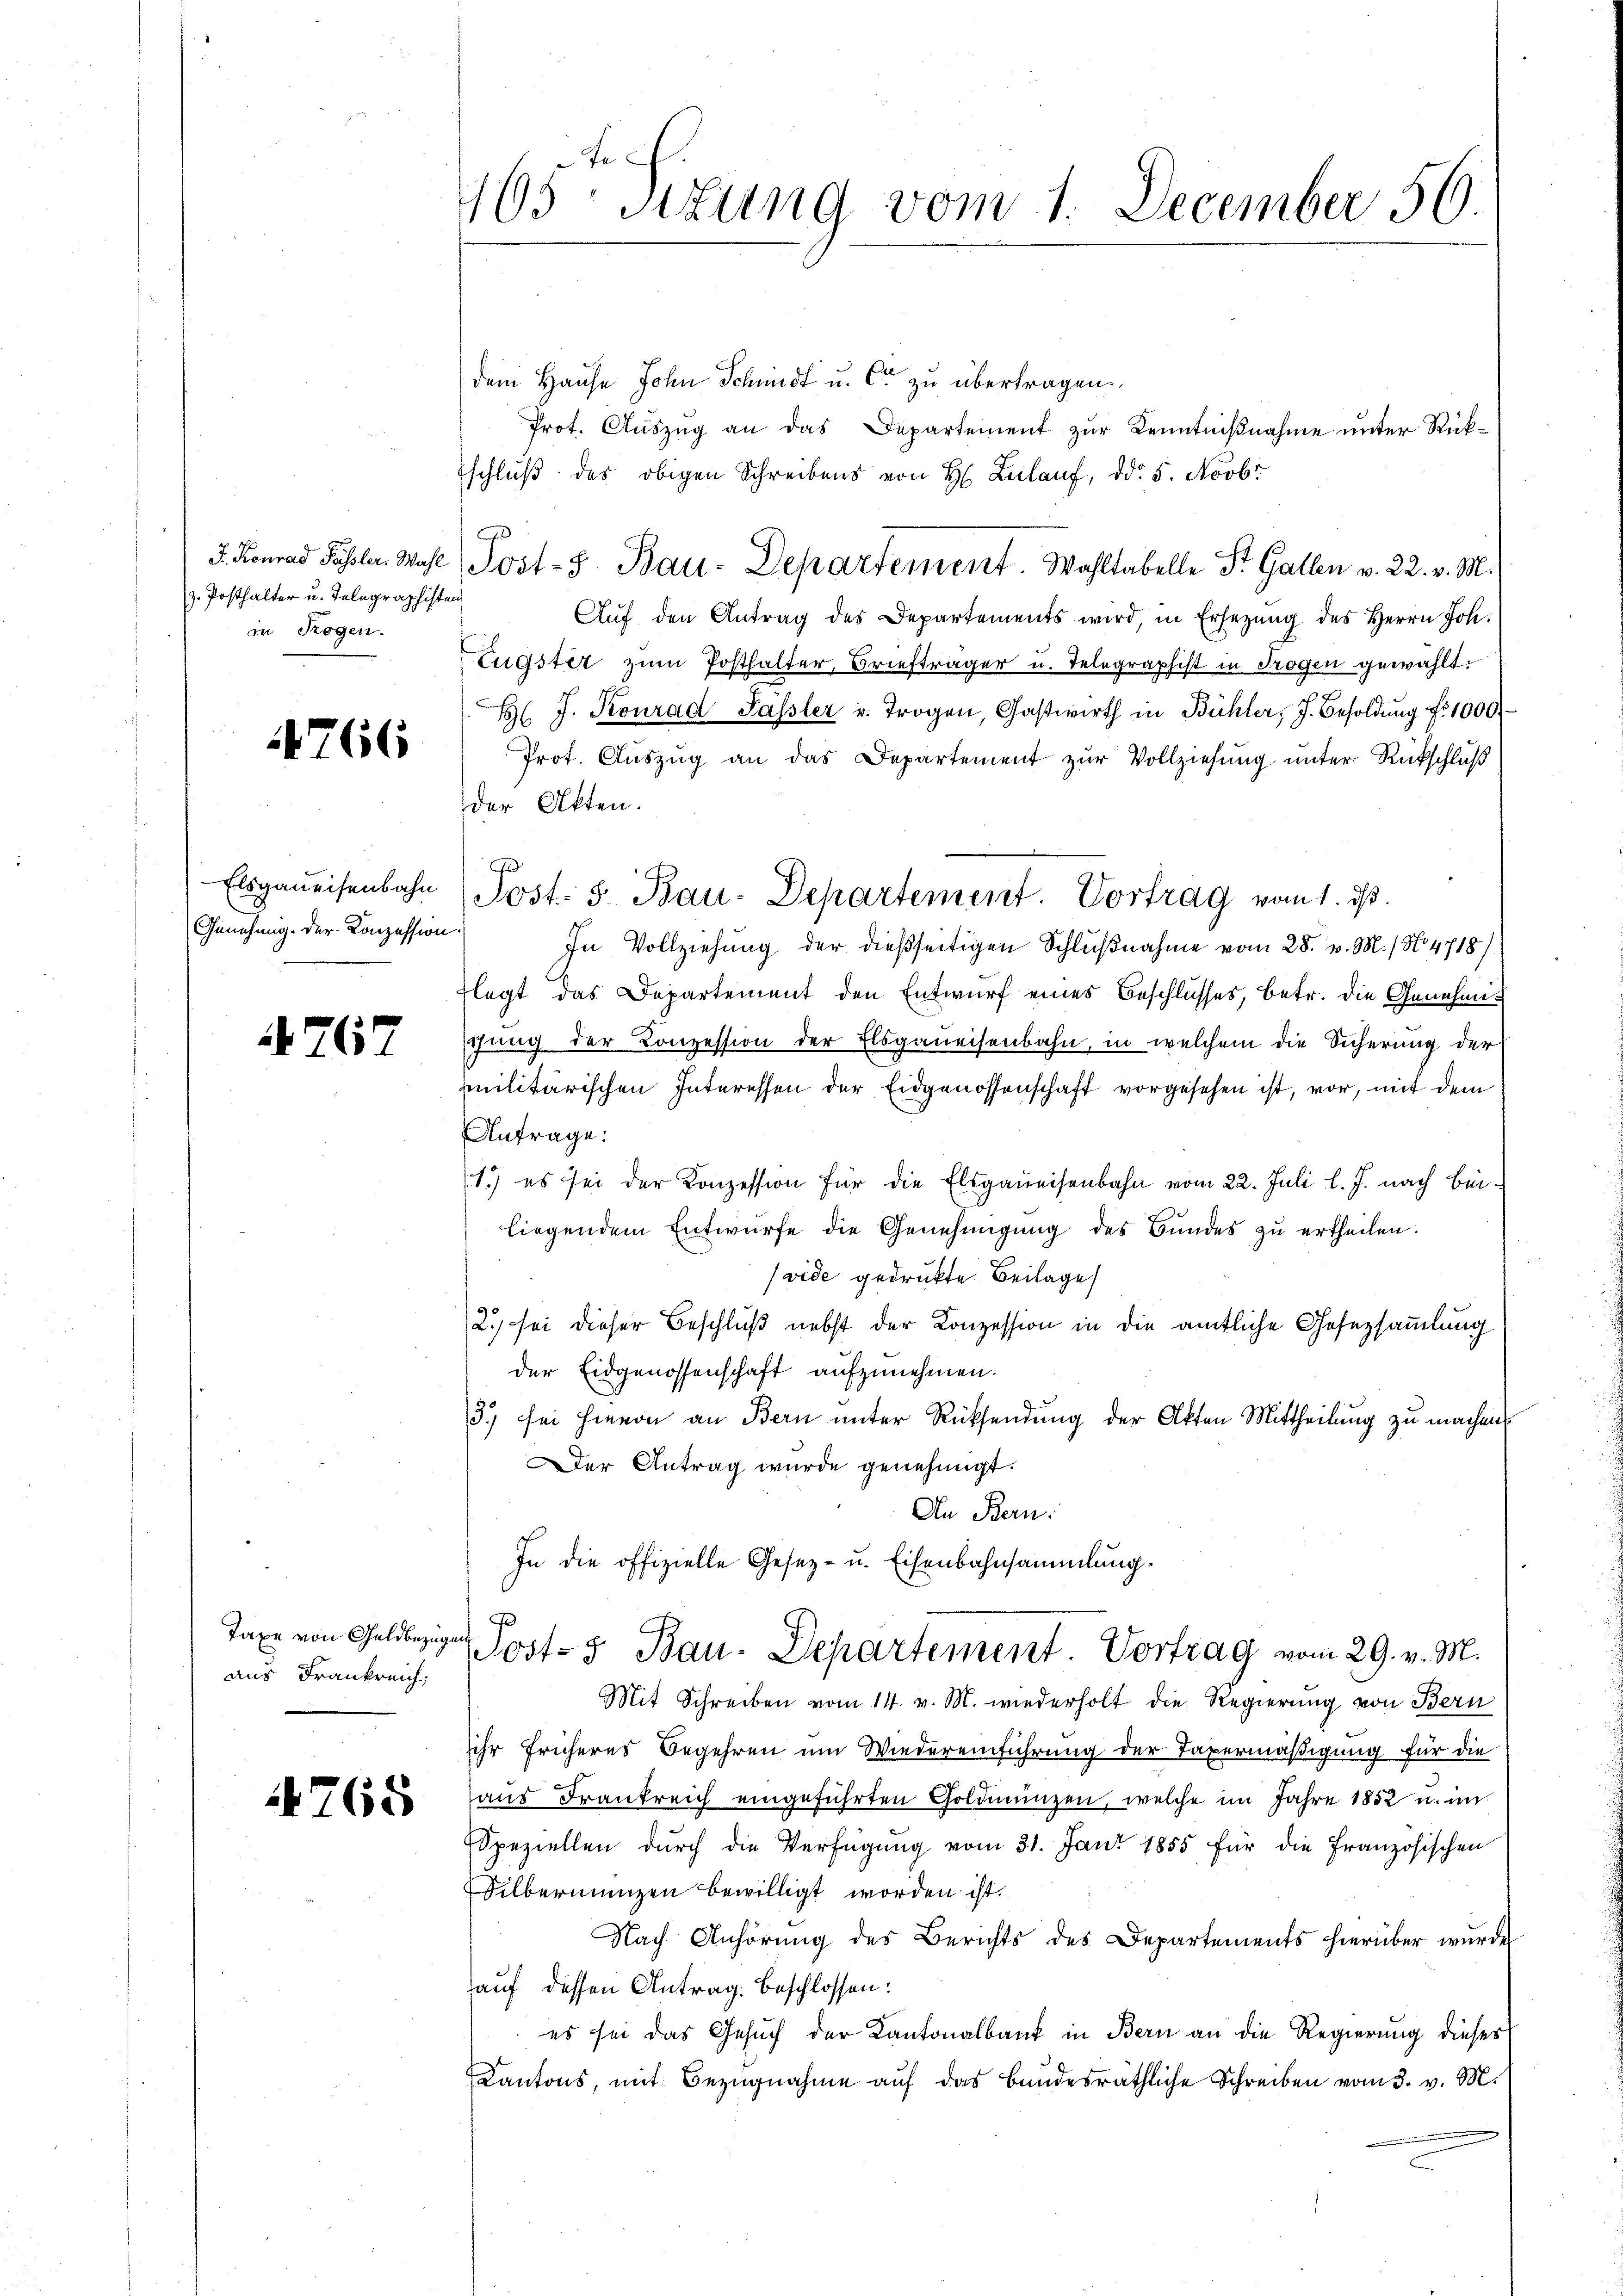
J. Konrad Pässler. Wahl
z. Posthalter u. Telegraphisten
in Rogen.

4766

Elsganeisenbahn
Genehmig. Der Konzession.

A762

Taxe von Geldbezüge
aus Frankreich,

768

165 sizung vom 1. December 56

f

dem Hause John Schmidt u. C. zu übertragen.
Prot. Auszug an das Departement zur Kenntnißnahme unter Rükschluß des obigen Schreibens von H. Zulauf, dd. 5. Novbr
Post- 5. Bau-Departement. Wahltabelle St. Gallen v. 22. v. M.
Aŭf den Antrag des Departements wird, in Ersezung des Herrn Joh.
Eugster zum Posthalter Briefträger u. Telegraphist in Trogen gewählt.
H J. Konrad Pässler u. Trogen, Gastwirth in Bühler, J. Besoldŭng fr. 1000
Prot. Auszug an das Departement zur Vollziehung unter Rückschluß
der Akten.
In Vollziehung der dießseitigen Schlußnahme vom 28. v. M. / N. 4718).
legt das Departement den Entwurf eines Beschlusses, betr. die Genehmischung der Conzession der Elsganeisenbahn, in welchem die Sicherung der
militärischen Interessen der Eidgenossenschaft vorgesehen ist, vor, mit dem
Antrage:
1) es sei der Konzession für die Elsgaueisenbahn vom 22. Juli l. J. nach Bei-
liegendem Entwurfe die Genehmigung des Bundes zu ertheilen.
(vide gedruckte Beilage
2.) sei dieser Beschluß nebst der Konzession in die amtliche Gesezsammlung
der Eidgenossenschaft aufzunehmen.
3.) sei hievon an Bern unter Rücksendung der Akten Mittheilung zu machen
Der Antrag wurde genehmigt.
An Bern:
In die offizielle Gesetz- u. Eisenbahnsammlung.
p
ost- u Bau-Departement. Vortrag vom 29. v. M.
Mit Schreiben vom 14. v. M. wiederholt die Regierung von Bern
sihr früheres Begehren um Wiedereinführung der Taxermäßigung für die
aus Frankreich eingeführten Goldmünzen, welche im Jahre 1852 u. im
Speziellen durch die Verfügung vom 31. Juni 1855 für die Französischen
Silbernanzen bewilligt worden ist.
Nach Anhörŭng des Berichts des Departements hierüber wurde
auf dessen Antrag beschlossen:
es sei das Gesuch der Kantonalbank in Bern an die Regierung dieses
Kantons, mit Bezugnahme auf das bandesräthliche Schreiben vom 3. v. M.

Post. 3. Bau-Departement. Vortrag vom 1. ds.